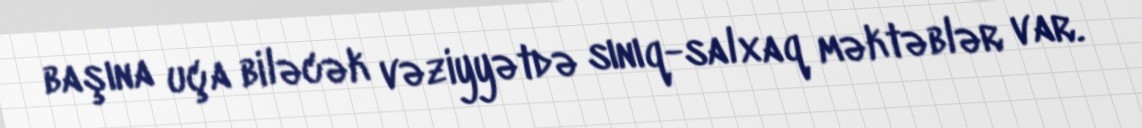
başına uça biləcək vəziyyətdə sınıq-salxaq məktəblər var.